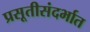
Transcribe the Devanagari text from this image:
प्रसूतीसंदर्भात